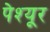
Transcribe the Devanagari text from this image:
पेश्यूर